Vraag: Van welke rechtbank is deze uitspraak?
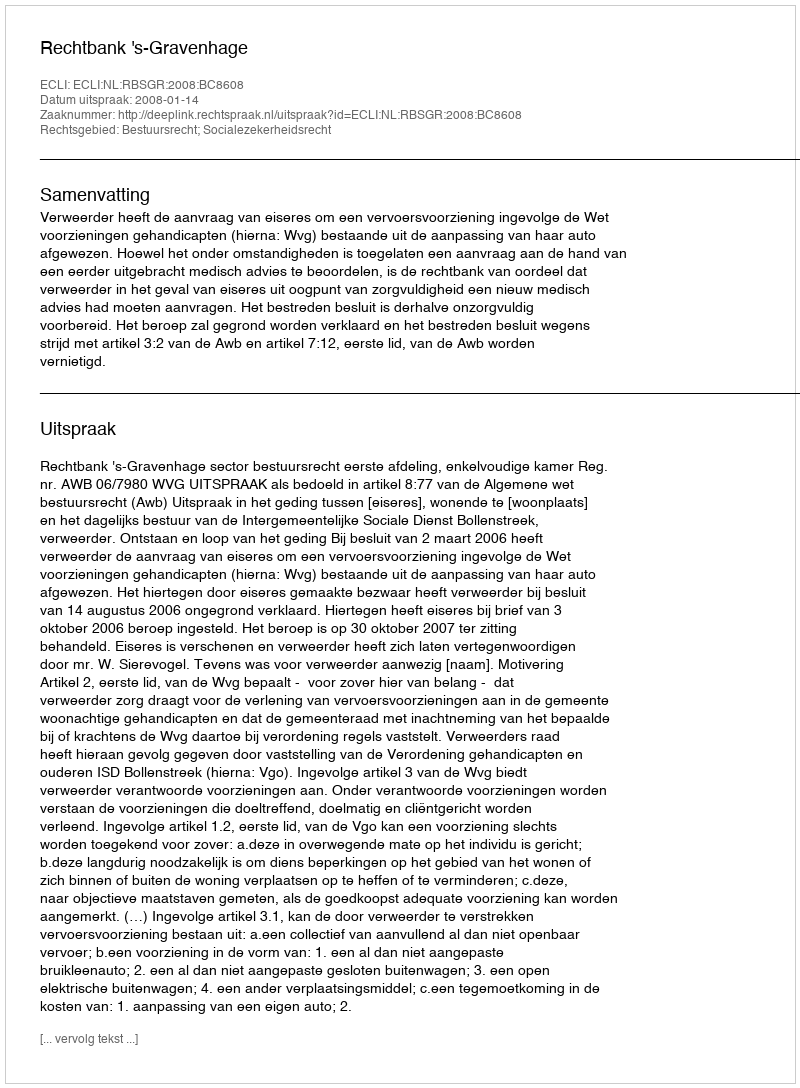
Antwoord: Rechtbank 's-Gravenhage